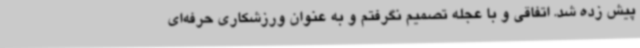
پیش زده شد. اتفاقی و با عجله تصمیم‌ نگرفتم و به عنوان ورزشکاری حرفه‌ای